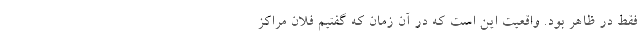
فقط در ظاهر بود. واقعیت این است که در آن زمان که گفتیم فلان مراکز